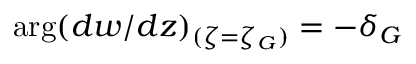
\arg ( d w / d z ) _ { ( \zeta = \zeta _ { G } ) } = - \delta _ { G }